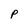
Character: P